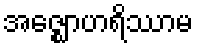
အဇ္ဈောဟရိဿာမ